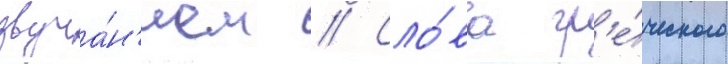
звуча́н'ием // Сло́ва гр'е́ческого